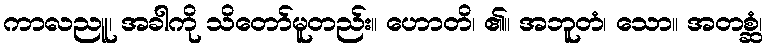
ကာလညူ၊ အခါကို သိတော်မူတည်း။ ဟောတိ၊ ၏။ အဘူတံ၊ သော။ အတစ္ဆံ၊